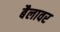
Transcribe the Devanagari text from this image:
बैलावर